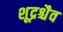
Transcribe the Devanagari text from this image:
शूद्रश्चैव